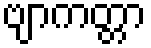
ဗျာကတ္တာ